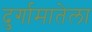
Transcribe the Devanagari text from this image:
दुर्गामातेला